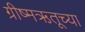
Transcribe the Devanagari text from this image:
ग्रीष्मऋतूच्या